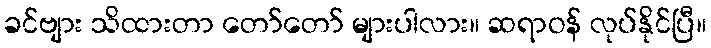
ခင်ဗျား သိထားတာ တော်တော် များပါလား။ ဆရာဝန် လုပ်နိုင်ပြီ။